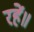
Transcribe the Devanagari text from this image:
रहें॥